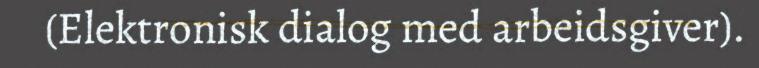
(Elektronisk dialog med arbeidsgiver).